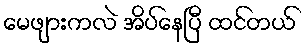
မေဖျားကလဲ အိပ်နေပြီ ထင်တယ်